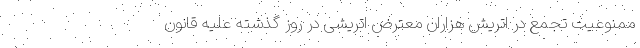
ممنوعیت تجمع در اتریش هزاران معترض اتریشی در روز گذشته علیه قانون